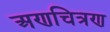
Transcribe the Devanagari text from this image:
अणचित्रण